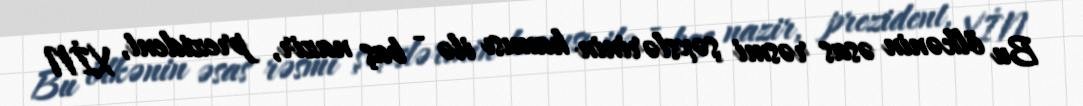
Bu ölkənin əsas rəsmi şəxslərinin hamısı ilə - baş nazir, prezident, XİN